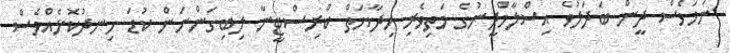
ނަމަވެސް ދީން ބަދަލުވެ އިސްލާމްދީނުގެ މަތިވެރި ހިދާޔަތް ކްރިސްޓީނާ ލިބިގަންނަން ކުޑަ ހިނދުކޮޅެއްވެސް